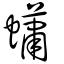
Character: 蠨